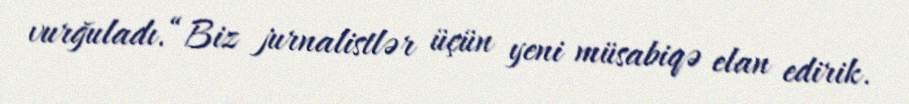
vurğuladı.“Biz jurnalistlər üçün yeni müsabiqə elan edirik.